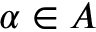
\alpha \in A